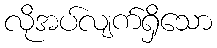
လိုအပ်လျက်ရှိသော